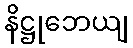
နိဋ္ဌုဘေယျ